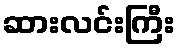
ဆားလင်းကြီး